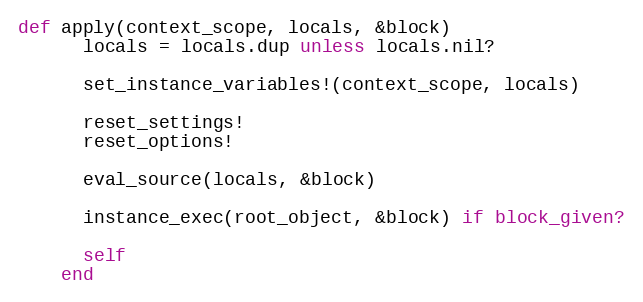
Language: Ruby
def apply(context_scope, locals, &block)
      locals = locals.dup unless locals.nil?

      set_instance_variables!(context_scope, locals)

      reset_settings!
      reset_options!

      eval_source(locals, &block)

      instance_exec(root_object, &block) if block_given?

      self
    end